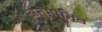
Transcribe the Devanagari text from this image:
अनुमानित